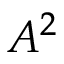
A ^ { 2 }